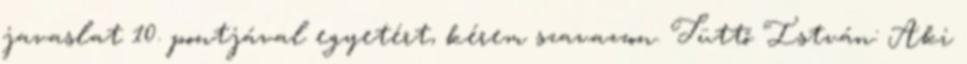
javaslat 10. pontjával egyetért, kérem szavazzon. Tüttő István: Aki